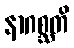
နာဂစ္ဆတိ